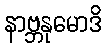
နာဗ္ဘနုမောဒိ